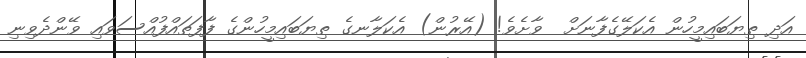
އަދި ތިޔަބައިމީހުން އެކަލޭގެފާނަށް  ވާށެވެ! (އޭރުން) އެކަލާނގެ ތިޔަބައިމީހުންގެ ފާފަތައްފުއްސަވައި ވޭންދެވިނި